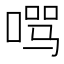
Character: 𱓚